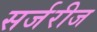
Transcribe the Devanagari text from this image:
सर्जरीज